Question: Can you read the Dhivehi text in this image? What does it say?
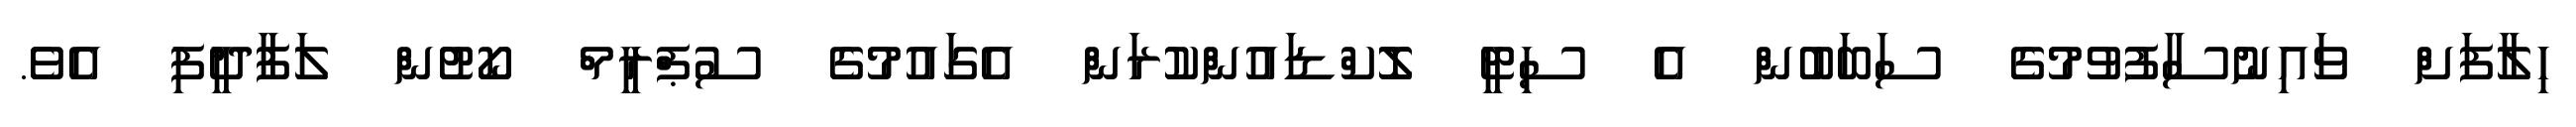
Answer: ހިލާފަށް ވައިނުސާފުވުމުގެ ސަބަބުން އެ ސިޓީ ލޮކްޑައުންކުރަން އެގައުމުގެ ސުޕްރީމް ކޯޓުން ލަފާދީފި އެވެ.